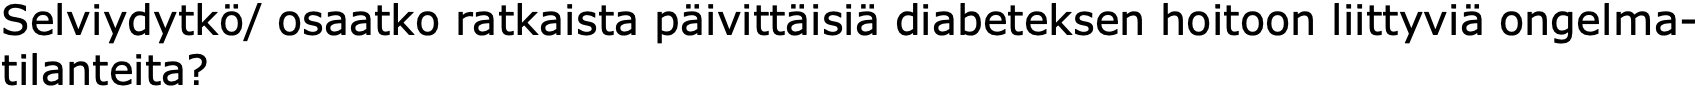
Selviydytkö/ osaatko ratkaista päivittäisiä diabeteksen hoitoon liittyviä ongelma- tilanteita?